Annual report on the mental hospital in the Central Provinces and Berar (Nagpur) - 1927-1951
Year: 1927
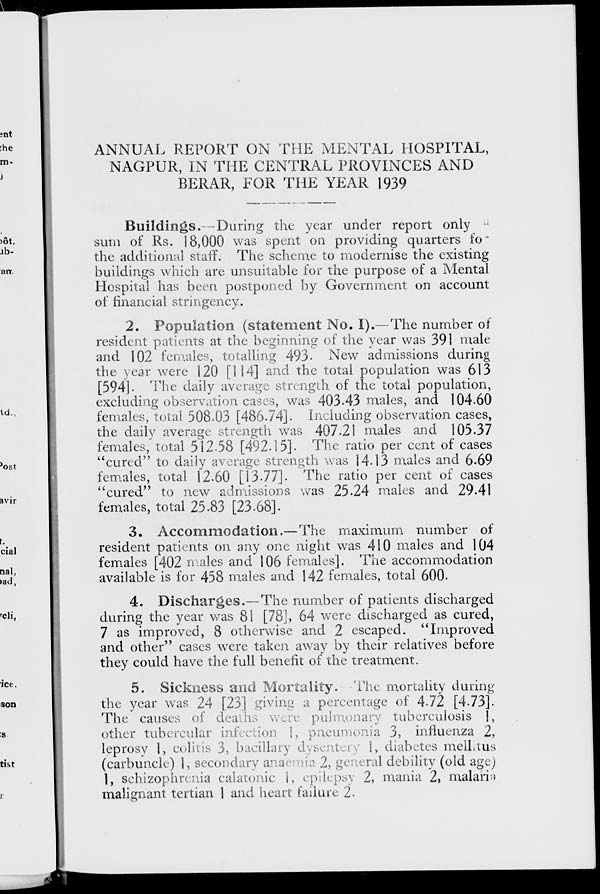
ANNUAL REPORT ON THE MENTAL HOSPITAL,
NAGPUR, IN THE CENTRAL PROVINCES AND
BERAR, FOR THE YEAR 1939
Buildings. – During the year under report only
sum of Rs. 18,000 was spent on providing quarters for
the additional staff. The scheme to modernise the existing
buildings which are unsuitable for the purpose of a Mental
Hospital has been postponed by Government on account
of financial stringency.
2. Population (statement No. I).—The number of
resident patients at the beginning of the year was 391 male
and 102 females, totalling 493. New admissions during
the year were 120 [114] and the total population was 613
[594]. The daily average strength of the total population,
excluding observation cases, was 403.43 males, and 104.60
females, total 508.03 [486.74]. Including observation cases,
the daily average strength was 407.21 males and 105.37
females, total 512.58 [492.15]. The ratio per cent of cases
"cured" to daily average strength was 14.13 males and 6.69
females, total 12.60 [13.77]. The ratio per cent of cases
"cured" to new admissions was 25.24 males and 29.41
females, total 25.83 [23.68].
3. Accommodation.—The maximum number of
resident patients on any one night was 410 males and 104
females [402 males and 106 females]. The accommodation
available is for 458 males and 142 females, total 600.
4. Discharges.—The number of patients discharged
during the year was 81 [78], 64 were discharged as cured,
7 as improved, 8 otherwise and 2 escaped. "Improved
and other" cases were taken away by their relatives before
they could have the full benefit of the treatment.
5. Sickness and Mortality. The mortality during
the year was 24 [23] giving a percentage of 4.72 [4.73].
The causes of death were pufmonary tuberculosis l ,
other tubercular infection l, pneumonia 3, influenza 2,
leprosy 1, colitis 3, bacillary dysentery 1, diabetes mellrtus
(carbuncle) 1, secondary anaemia 2, general debility (old age)
1, schizophrenia calatonic 1, epilepsy 2, mania 2, malaria
malignant tertian 1 and heart failure 2.